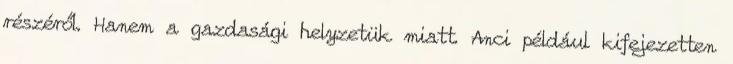
részéről. Hanem a gazdasági helyzetük miatt. Anci például kifejezetten